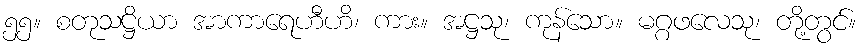
၅၅။ စတုသဋ္ဌိယာ အာကာရေဟီဟိ၊ ကား။ အဋ္ဌသု၊ ကုန်သော။ မဂ္ဂဖလေသု၊ တို့တွင်။